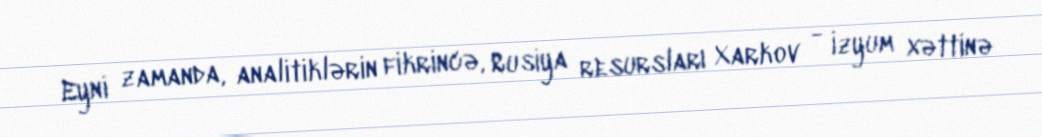
Eyni zamanda, analitiklərin fikrincə, Rusiya resursları Xarkov - İzyum xəttinə